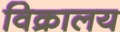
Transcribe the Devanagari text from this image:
विक्रालय